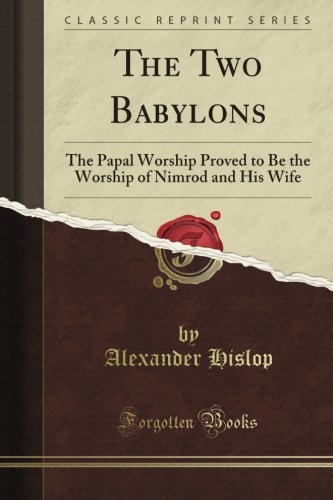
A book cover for The Two Babylons, or the Papal Worship Proved to Be the Worship of Nimrod and His Wife: With Sixty-One Woodcut Illustrations from Nineveh, Babylon, Egypt, Pompeii, &C (Classic Reprint); Alexander Hislop; Politics & Social Sciences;